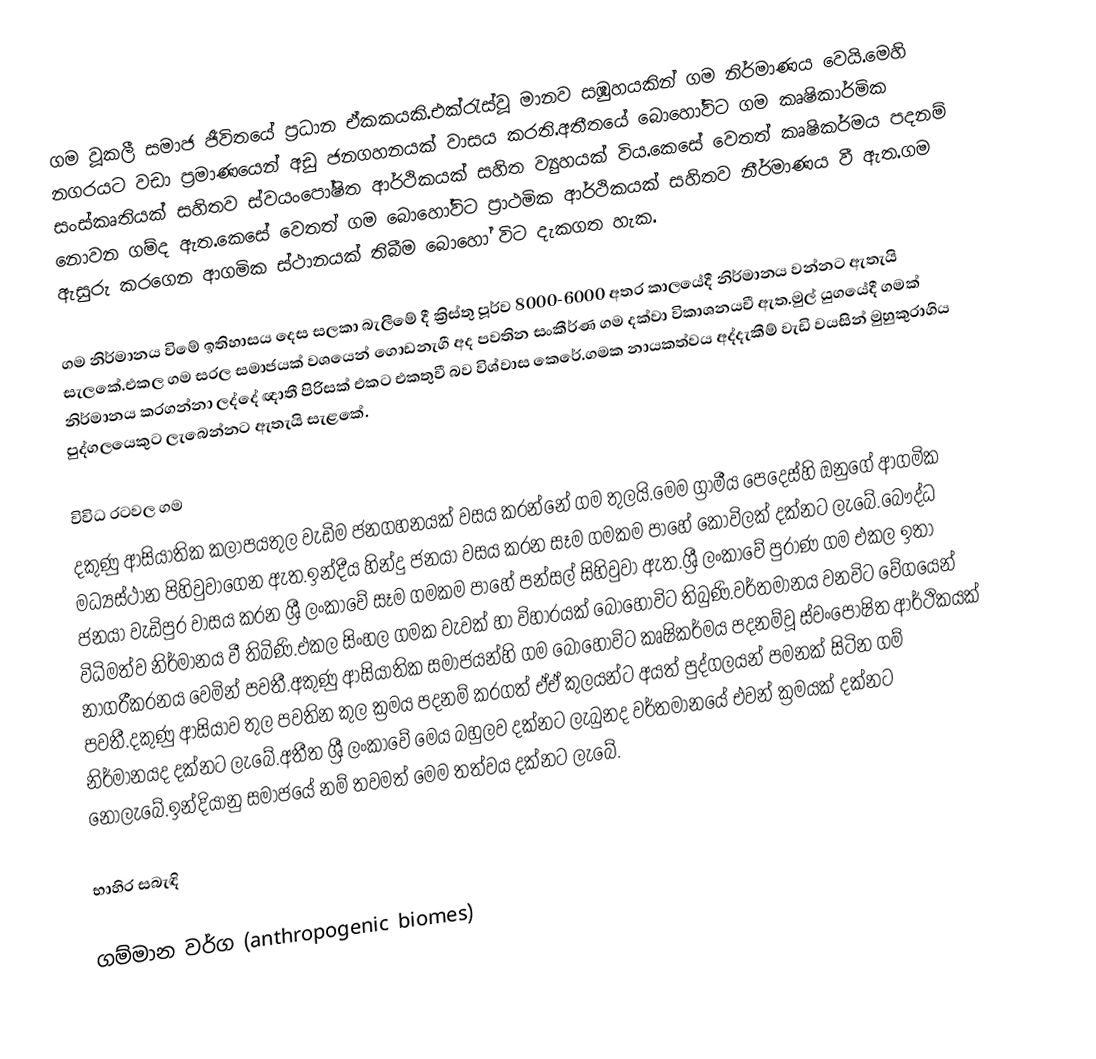
ගම වූකලී සමාජ ජීවිතයේ ප්‍රධාන ඒකකයකි.එක්රැස්වූ මානව සඹුහයකින් ගම නිර්මාණය වෙයි.මෙහි නගරයට වඩා ප්‍රමාණයෙන් අඩු ජනගහනයක් වාසය කරති.අතීතයේ බොහෝවිට ගම කෘෂිකාර්මික සංස්කෘතියක් සහිතව ස්වයංපෝෂිත ආර්ථිකයක් සහිත ව්‍යුහයක් විය.කෙසේ වෙතත් කෘෂිකර්මය පදනම් නොවන ගම්ද ඇත.කෙසේ වෙතත් ගම බොහෝවිට ප්‍රාථමික ආර්ථිකයක් සහිතව නීර්මාණය වී ඇත.ගම ඇසුරු කරගෙන ආගමික ස්ථානයක් තිබීම බොහෝ විට දැකගත හැක.

ගම නිර්මානය විමේ ඉතිහාසය දෙස සලකා බැලීමේ දී ක්‍රිස්තු පූර්ව 8000-6000 අතර කාලයේදී නිර්මානය වන්නට ඇතැයි සැලකේ.එකල ගම සරල සමාජයක් වශයෙන් ගොඩනැගී අද පවතින සංකීර්ණ ගම දක්වා විකාශනයවී ඇත.මුල් යුගයේදී ගමක් නිර්මානය කරගන්නා ලද්දේ ඥාතී පිරිසක් එකට එකතුවී බව විශ්වාස කෙරේ.ගමක නායකත්වය අද්දැකීම් වැඩි වයසින් මුහුකුරාගිය පුද්ගලයෙකුට ලැබෙන්නට ඇතැයි සැළකේ.

විවිධ රටවල ගම
දකුණු ආසියාතික කලාපයතුල වැඩිම ජනගහනයක් වසය කරන්නේ ගම තුලයි.මෙම ග්‍රාමීය පෙදෙස්හි ඔනුගේ ආගමික මධ්‍යස්ථාන පිහිවුවාගෙන ඇත.ඉන්දීය හින්දු ජනයා වසය කරන සෑම ගමකම පාහේ කෝවිලක් දක්නට ලැබේ.බෞද්ධ ජනයා වැඩිපුර වාසය කරන ශ්‍රී ලංකාවේ සෑම ගමකම පාහේ පන්සල් සිහිවුවා ඇත.ශ්‍රී ලංකාවේ පුරාණ ගම එකල ඉතා විධිමත්ව නිර්මානය වී තිබිණි.එකල සිංහල ගමක වැවක්  හා විහාරයක් බොහෝවිට තිබුණි.වර්තමානය වනවිට වේගයෙන් නාගරීකරනය වෙමින් පවතී.අකුණු ආසියාතික සමාජයන්හි ගම බොහෝවිට කෘෂිකර්මය පදනම්වූ ස්වංපෝෂිත ආර්ථිකයක් පවතී.දකුණු ආසියාව තුල පවතින කුල ක්‍රමය පදනම් කරගත් ඒඒ කුලයන්ට අයත් පුද්ගලයන් පමනක් සිටින ගම් නිර්මානයද දක්නට ලැබේ.අතීත ශ්‍රී ලංකාවේ මෙය බහුලව දක්නට ලැබුනද වර්තමානයේ එවන් ක්‍රමයක් දක්නට නොලැබේ.ඉන්දියානු සමාජයේ නම් තවමත් මෙම තත්වය දක්නට ලැබේ.

භාහිර සබැඳි

ගම්මාන වර්ග (anthropogenic biomes)